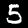
Label: 5